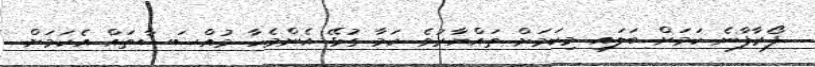
ފޯރާފާނެ ކަމަށް ބަލައި މިކަމަށް ތައްޔާރުވެ ކަމާ ގުޅޭ އެންމެހާ މުއްސަސާތައް އެކަމަށް